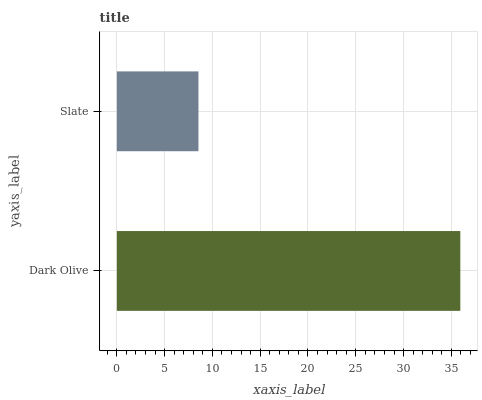
| yaxis_label | bars |
 | --- | --- |
 | Dark Olive | 35.9 |
 | Slate | 8.54 |